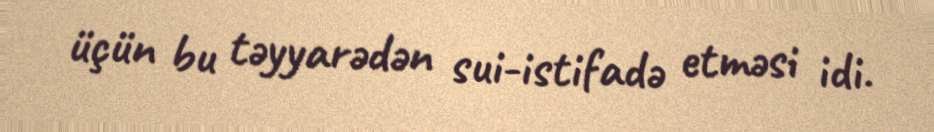
üçün bu təyyarədən sui-istifadə etməsi idi.